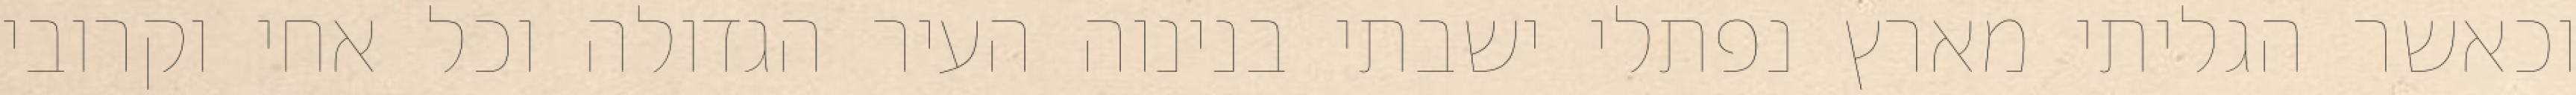
וכאשר הגליתי מארץ נפתלי ישבתי בנינוה העיר הגדולה וכל אחי וקרובי